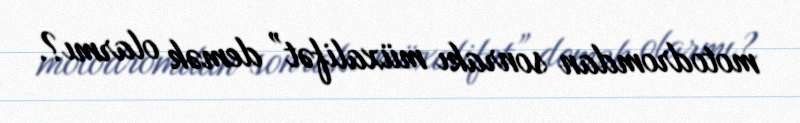
motodromdan sonrakı müxalifət” demək olarmı?.